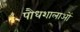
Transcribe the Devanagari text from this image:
पौधशालाओं